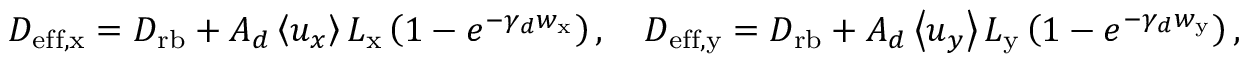
D _ { \mathrm { e f f , x } } = D _ { \mathrm { r b } } + A _ { d } \left< u _ { x } \right> L _ { \mathrm { x } } \left( 1 - e ^ { - \gamma _ { d } w _ { \mathrm { x } } } \right) , \quad D _ { \mathrm { e f f , y } } = D _ { \mathrm { r b } } + A _ { d } \left< u _ { y } \right> L _ { \mathrm { y } } \left( 1 - e ^ { - \gamma _ { d } w _ { \mathrm { y } } } \right) ,